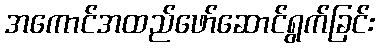
အကောင်အထည်ဖော်ဆောင်ရွက်ခြင်း